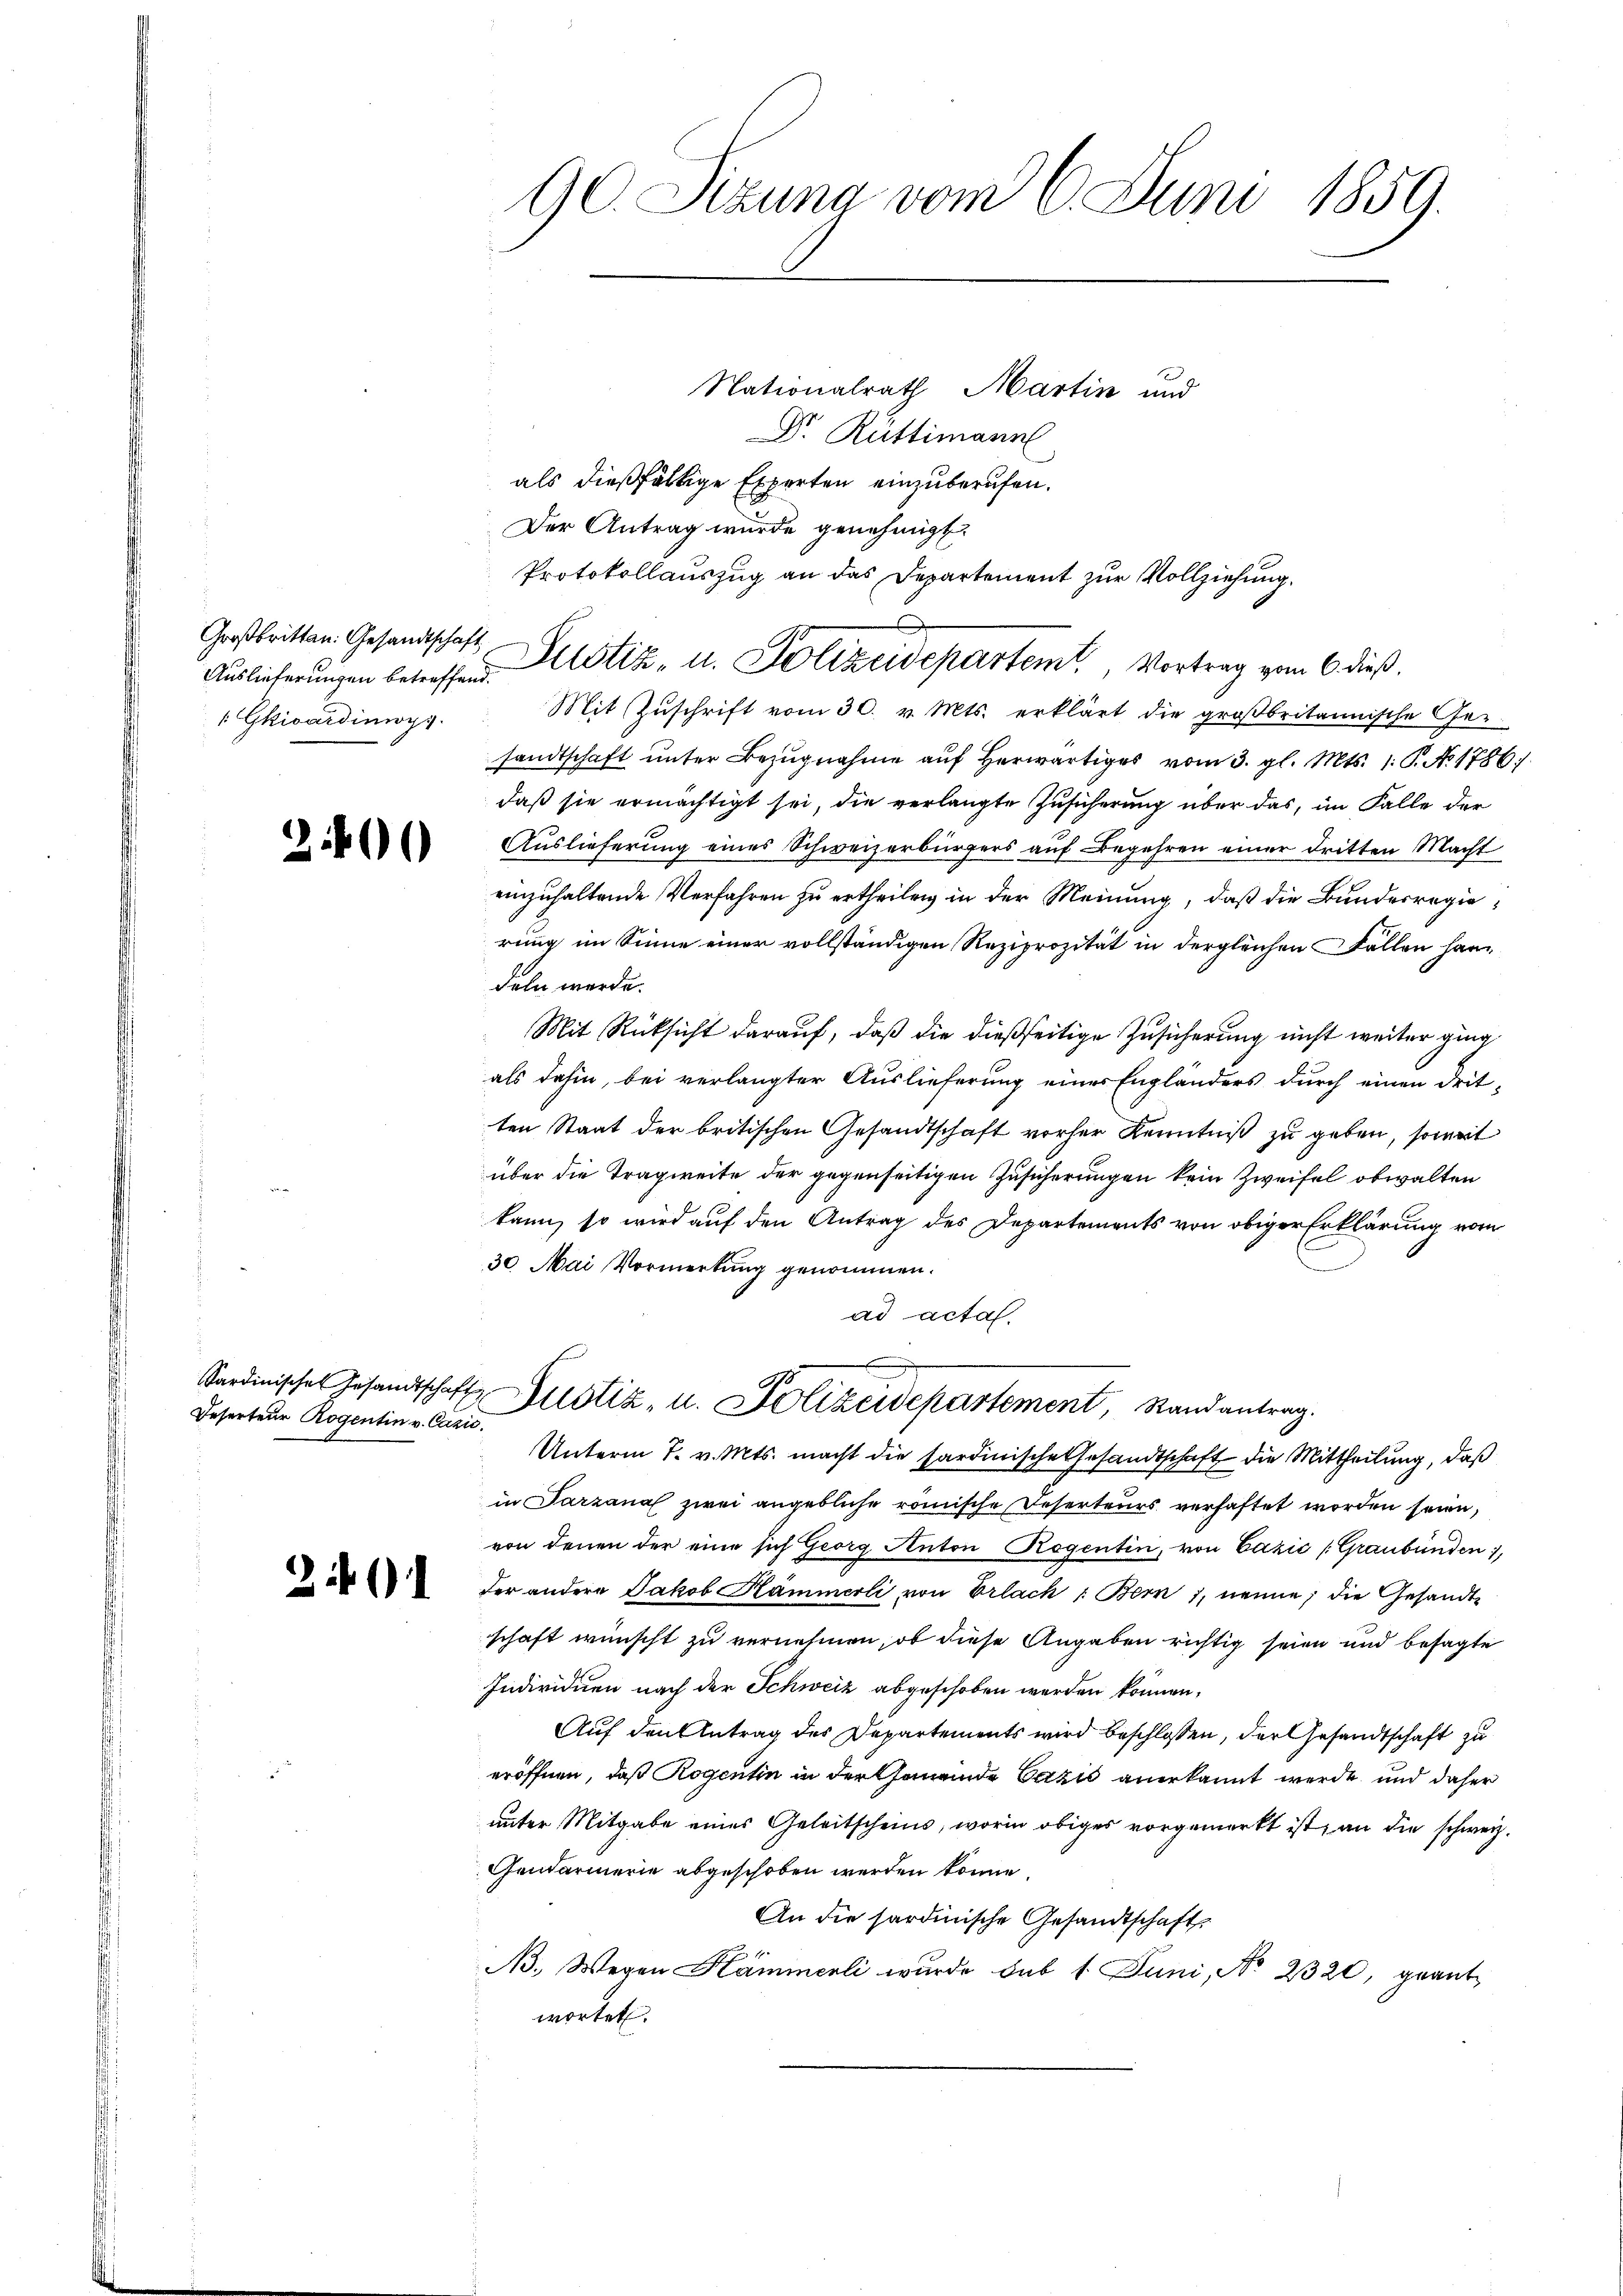
Großbritten. Gesandtschaft
 Gkicardinop

24

Deserteur Rogentin v. Cazić

d

90. Sizung vom 6. Juni 1859.

Nationalrath Martin und
Dr. Rüttimann
als dießfällige Experten einzuberufen.
Mit Zŭschrift vom 30. v. Mts. erklärt die groβbritannische Ger-
sandtschaft unter Bezugnahme auf herwärtiges vom 3. gl. Mts. 1. P. Nr. 1786.
daß sie ermächtigt sei, die verlangte Zusicherung über das, im Falle der
Auslieferung eines Schweizerbürgers auf Begehren einer dritten Macht
einzuhaltende Verfahren zu ertheilen in der Meinung, daß die Bundesregierung im Sinne einer vollständigen Reziprozität in dergleichen Fallen handeln werde.
Mit Rücksicht darauf, daß die dießseitige Zusicherung nicht weiter ging
als dahin, bei verlangter Auslieferung eines Engländers durch einen dritten Staat der britischen Gesandtschaft vorher Kenntniß zu geben, soweit
über die Tragweite der gegenseitigen Zusicherungen kein Zweifel obwalten
kann, so wird auf den Antrag des Departements von obiger Erklärung vom
30. Mai Vormerkung genommen.
ad acta.
Sardinisches Gesandtschaft Zustiz- u. Polizeidepartement, Randantrag.
Unterm 7. v. Mts. macht die sardinische Gesandtschaft die Mittheilung, daß
in Parzanal zwei angebliche römische Deserteurs verhaftet worden seien,
von denen der eine sich Georg Anton Rogentin, von Lazić (Graubünden 1,
der andere Jakob Hämmerli von Erlach : Bern 7, nenne, die Gesandtschaft wünscht zu vernehmen, ob diese Angaben richtig seien und besagte
Individuen nach der Schweiz abgeschoben werden können,
Auf den Antrag des Departements wird beschlossen, der Gesandtschaft zu
eröffnen, daß Rogentin in der Gemeinde Cazić anerkannt werde und daher
unter Mitgabe eines Geleitscheins, worin obiges vorgemerkt ist, an die schweiz.
Gendarmerie abgeschoben werden könne.
An die sardinische Gesandtschafts
A. Wegen Hämmerli wurde sub 1. Juni, No 2320, geantwortet.

Der Antrag wurde genehmigt.
Protokollauszug an das Departement zur Vollziehung.
Auslieferungen betreffen Leistiz- u. Polizeidepartem Vortrag vom 6 dieß.